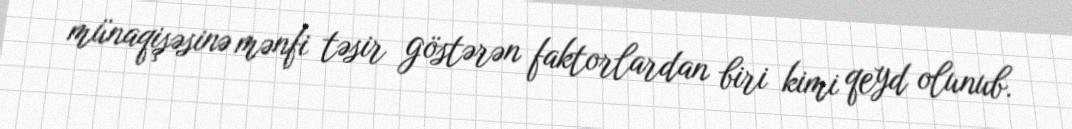
münaqişəsinə mənfi təsir göstərən faktorlardan biri kimi qeyd olunub.